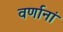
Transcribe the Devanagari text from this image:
वर्णानां